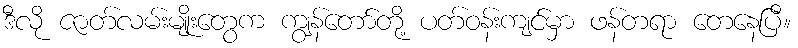
ဒီလို ဇာတ်လမ်းမျိုးတွေက ကျွန်တော်တို့ ပတ်ဝန်းကျင်မှာ ဖန်တရာ တေနေပြီ။